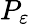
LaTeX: P_{\varepsilon}